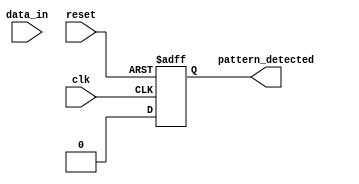
module dual_ff_detector (
    input wire clk,             // Clock signal
    input wire reset,           // Reset signal
    input wire data_in,         // Input data stream
    output reg pattern_detected  // Output signal indicating pattern detection
);

    // Parameters for pattern detection
    parameter PATTERN = 2'b11;  // Example pattern to detect (can be modified)
    
    // Internal signals for flip-flop outputs
    reg ff1_out;                // Output of the first flip-flop
    reg ff2_out;                // Output of the second flip-flop

    // First flip-flop: samples the input data
    always @(posedge clk or posedge reset) begin
        if (reset) begin
            ff1_out <= 1'b0;     // Reset the first flip-flop
        end else begin
            ff1_out <= data_in;  // Capture the current state of the input
        end
    end

    // Second flip-flop: samples the output of the first flip-flop
    always @(posedge clk or posedge reset) begin
        if (reset) begin
            ff2_out <= 1'b0;     // Reset the second flip-flop
        end else begin
            ff2_out <= ff1_out;   // Capture the state of the first flip-flop
        end
    end

    // Pattern detection logic
    always @(posedge clk or posedge reset) begin
        if (reset) begin
            pattern_detected <= 1'b0;  // Reset output signal
        end else begin
            // Check for the specific pattern
            if (ff2_out == PATTERN) begin
                pattern_detected <= 1'b1; // Pattern detected
            end else begin
                pattern_detected <= 1'b0; // No pattern detected
            end
        end
    end

endmodule